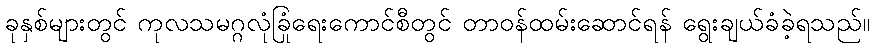
ခုနှစ်များတွင် ကုလသမဂ္ဂလုံခြုံရေးကောင်စီတွင် တာဝန်ထမ်းဆောင်ရန် ရွေးချယ်ခံခဲ့ရသည်။